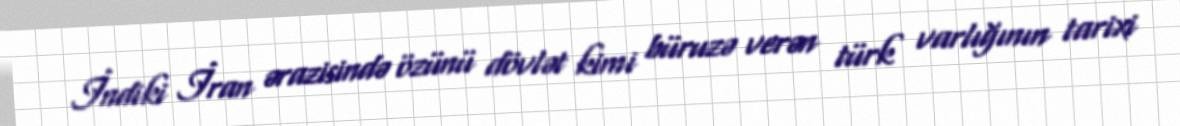
İndiki İran ərazisində özünü dövlət kimi büruzə verən türk varlığının tarixi